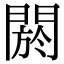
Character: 閼